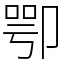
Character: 卾